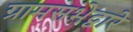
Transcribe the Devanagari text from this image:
ग्रामसभेद्वारे